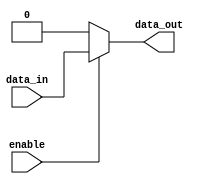
module buffer (
    input wire data_in,
    input wire enable,
    output wire data_out
);

assign data_out = enable ? data_in : 1'b0;

endmodule